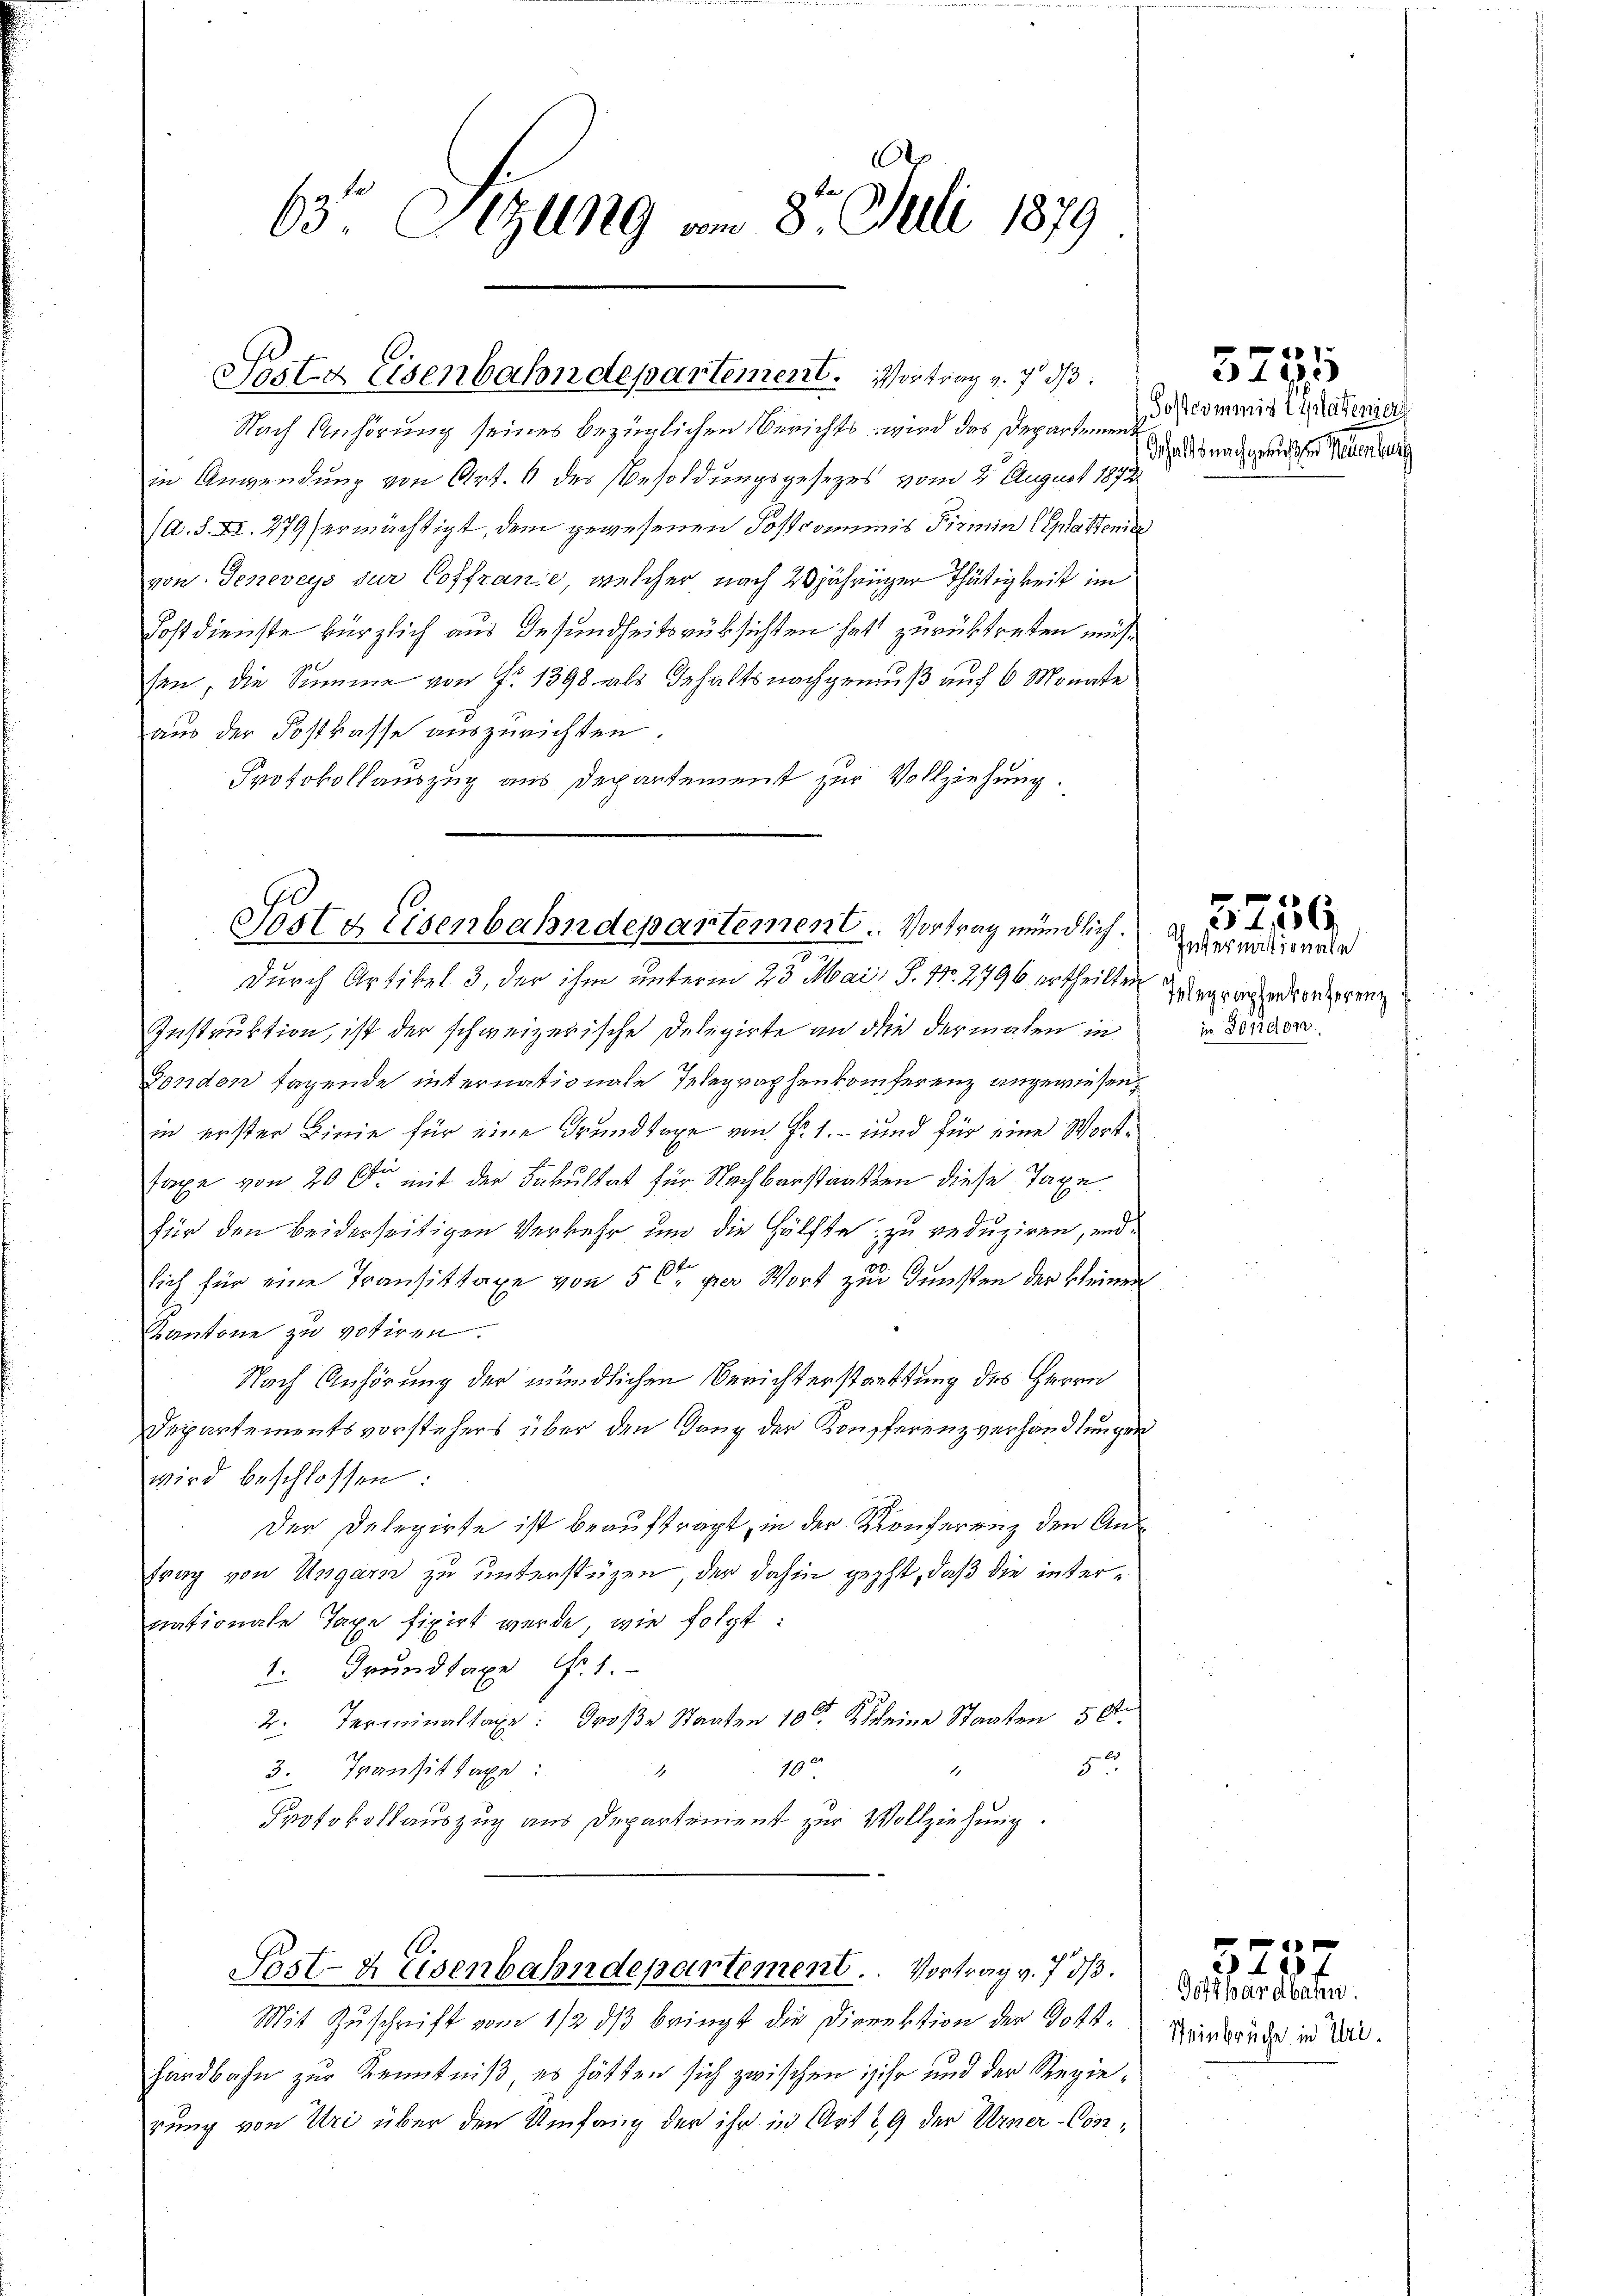
63. Sitzung am 8. Juli 1879

Sostz Eisenbahndepartement. Vortrag v. 7. d.

Nach Anhörung seines bezüglichen Berichts wird das Departemen.
in Anwendung von Art. 6 des Besoldungsgesezes vom 2. August 1872
(A. S. Fr. 279) ermächtigt, dem gewesenen Postcommis Pirmin (Glattene
von Geneveys zur Coffranie, welcher nach 23jähriger Thätigkeit im
Fostdienste kürzlich aus Gesundheitsrüksichten hatt zurücktreten müssen, die Summe von P. 1398 als Gehalts nachgenuß auf 6 Monate
aus der Postkasse auszurichten.
Protokollauszug aus Departement zur Vollziehung.
Instruktion, ist der schweizerische Delegirte an die dermalen in
Fonden tagende internationale Telegraphenkonferenz angewiesen,
in erster Linie für eine Grundtage von f. 1. – und für eine Wort¬
Taxe von 20 x mit der Fakultat für Nachbarstaaten diese Taxe.
für den beiderseitigen Verkehr und die Hälfte, zu reduziren, und
sich für eine Transittage von 5 Ct per Wort zu Gunsten der kleinen
Kantone zu votiren.
Nach Anhörung der mündlichen Berichterstattung des Herrn
Departementsvorstehers über den Gang der Konferenzverhandlungen
wird beschlossen:
Der Delegirte ist beauftragt, in der Konferenz den Antrag von Ungarn zu unterstüzen, der dahin geht, daß die internationale Taxe fixirt werde, wie folgt:
1. Grundtaxe Nr. 1.
2. Terminaltaxe: Große Staaten 100 Kleine Staaten 50
5
10
3. Transittage:
1
Protokollauszug aus Departement zur Vollziehung.
Post- & Eisenbahndepartement. ..  Vortrag v. 7. ds.
Mit Zuschrift vom 1/2 dß bringt die Direktion der Gott¬
Handbahn zur Kenntniß es hätten sich zwischen sehr und der Regierung von Uri über den Umfang der ihr in Art 29 der Urner-Con¬

Sest & Eisenbahndepartement. Vortrag mündlich.
durch Artikel 3, der ihm unterm 23. Mai, S. 11. 2796 ertheilten Wergewendierzeren

Postcommis platener
Schalts nachgesuchten Neuenburg

41
572

Internationale
in Forden.

5756.

Steinbrüche in Uri¬

e
2
f
Gotthardbahn.